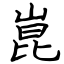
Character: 崑